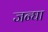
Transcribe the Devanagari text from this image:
जन्घा